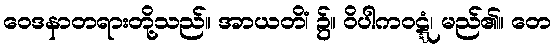
ဝေဒနာတရားတို့သည်။ အာယတိံ၊ ၌။ ဝိပါကဝဋ္ဋံ၊ မည်၏။ တေ